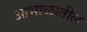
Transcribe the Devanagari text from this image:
आभाळातील